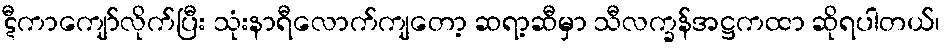
ဋီကာကျော်လိုက်ပြီး သုံးနာရီလောက်ကျတော့ ဆရာ့ဆီမှာ သီလက္ခန်အဋ္ဌကထာ ဆိုရပါတယ်၊